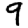
Digit: 9